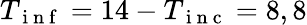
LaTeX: T_{\mathrm{~i~n~f~}}=14-T_{\mathrm{~i~n~c~}}=8,8